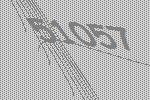
51057